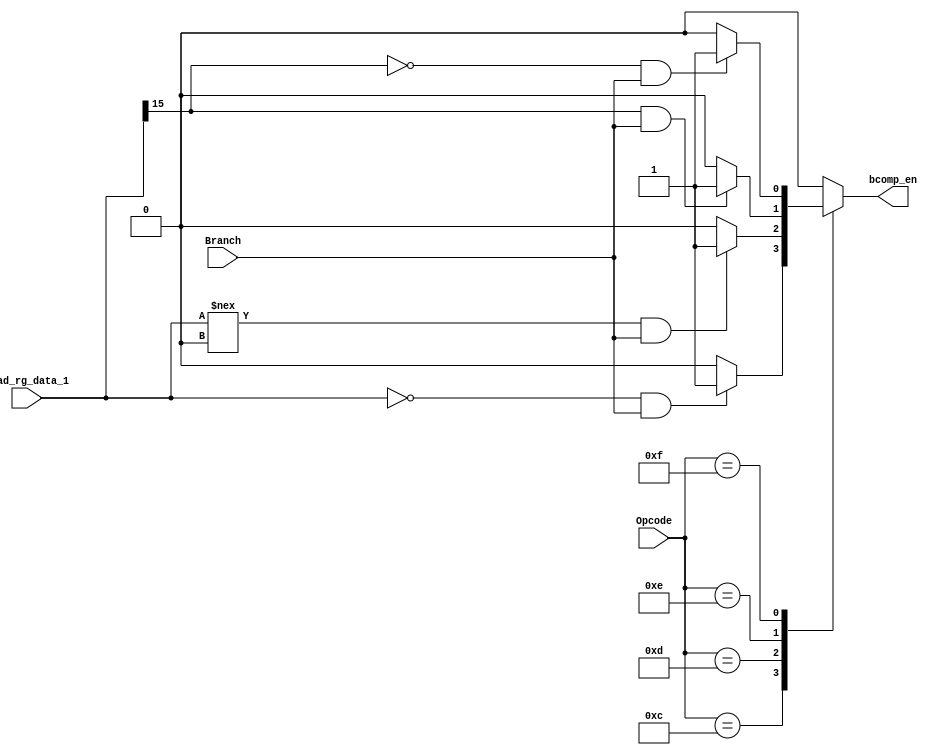
module branch_comp(
input wire Branch,//it is a branch instruction!!! Control logic said in decode.v
input wire [4:0]Opcode,//to make sure which kind of branch it is
//COMPARE INPUT Rs 
input wire [15:0]Read_rg_data_1,
//OUTPUT ENABLE FOR THE JUMP
output reg bcomp_en// ready to jump, be used in PC addr mux control
);


//14				01110 sss iiiiiiii		BLTZ Rs, immediate	if (Rs < 0) then PC <- PC + 2 + I(sign ext.)
//15				01111 sss iiiiiiii		BGEZ Rs, immediate	if (Rs >= 0) then PC <- PC + 2 + I(sign ext.)
always@(*)begin
case(Opcode)
5'b01100:bcomp_en=((Read_rg_data_1==3'd0) & (Branch))?1:0;//01100 sss iiiiiiii		BEQZ Rs, immediate	if (Rs == 0) then PC <- PC + 2 + I(sign ext.)
5'b01101:bcomp_en=((Read_rg_data_1!==3'd0) & (Branch))?1:0;//01101 sss iiiiiiii		BNEZ Rs, immediate	if (Rs != 0) then PC <- PC + 2 + I(sign ext.)
5'b01110:bcomp_en=((Read_rg_data_1[15]) & (Branch))?1:0;//BLTZ
5'b01111:bcomp_en=((~(Read_rg_data_1[15]) & (Branch)))?1:0;//bgez
default: bcomp_en=0;
endcase
end



endmodule